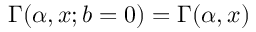
\Gamma ( \alpha , x ; b = 0 ) = \Gamma ( \alpha , x )